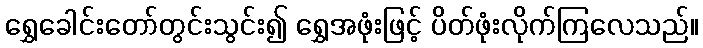
ရွှေခေါင်းတော်တွင်းသွင်း၍ ရွှေအဖုံးဖြင့် ပိတ်ဖုံးလိုက်ကြလေသည်။